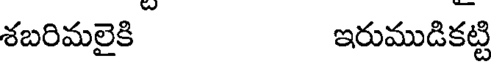
శబరిమలైకి ఇరుముడికట్టి